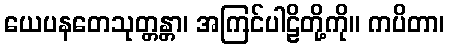
ယေပနတေသုတ္တန္တာ၊ အကြင်ပါဠိတို့ကို။ ကပိတာ၊